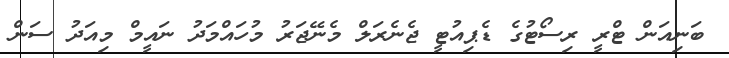
ބަނިއަން ޓްރީ ރިސޯޓުގެ ޑެޕިއުޓީ ޖެނެރަލް މެނޭޖަރު މުހައްމަދު ނައީމް މިއަދު ސަން